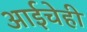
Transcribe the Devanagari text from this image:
आईचेही